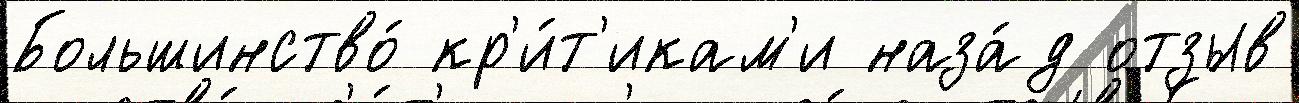
Большинство́ кр'и́т'икам'и наза́д отзыв